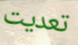
تعديت